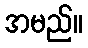
အမည်။